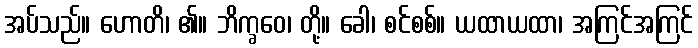
အပ်သည်။ ဟောတိ၊ ၏။ ဘိက္ခဝေ၊ တို့။ ခေါ၊ စင်စစ်။ ယထာယထာ၊ အကြင်အကြင်